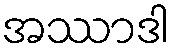
အဿာဒါ